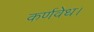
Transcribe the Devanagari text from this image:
कर्णवेध।